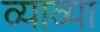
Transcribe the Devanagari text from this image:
व्याव्या